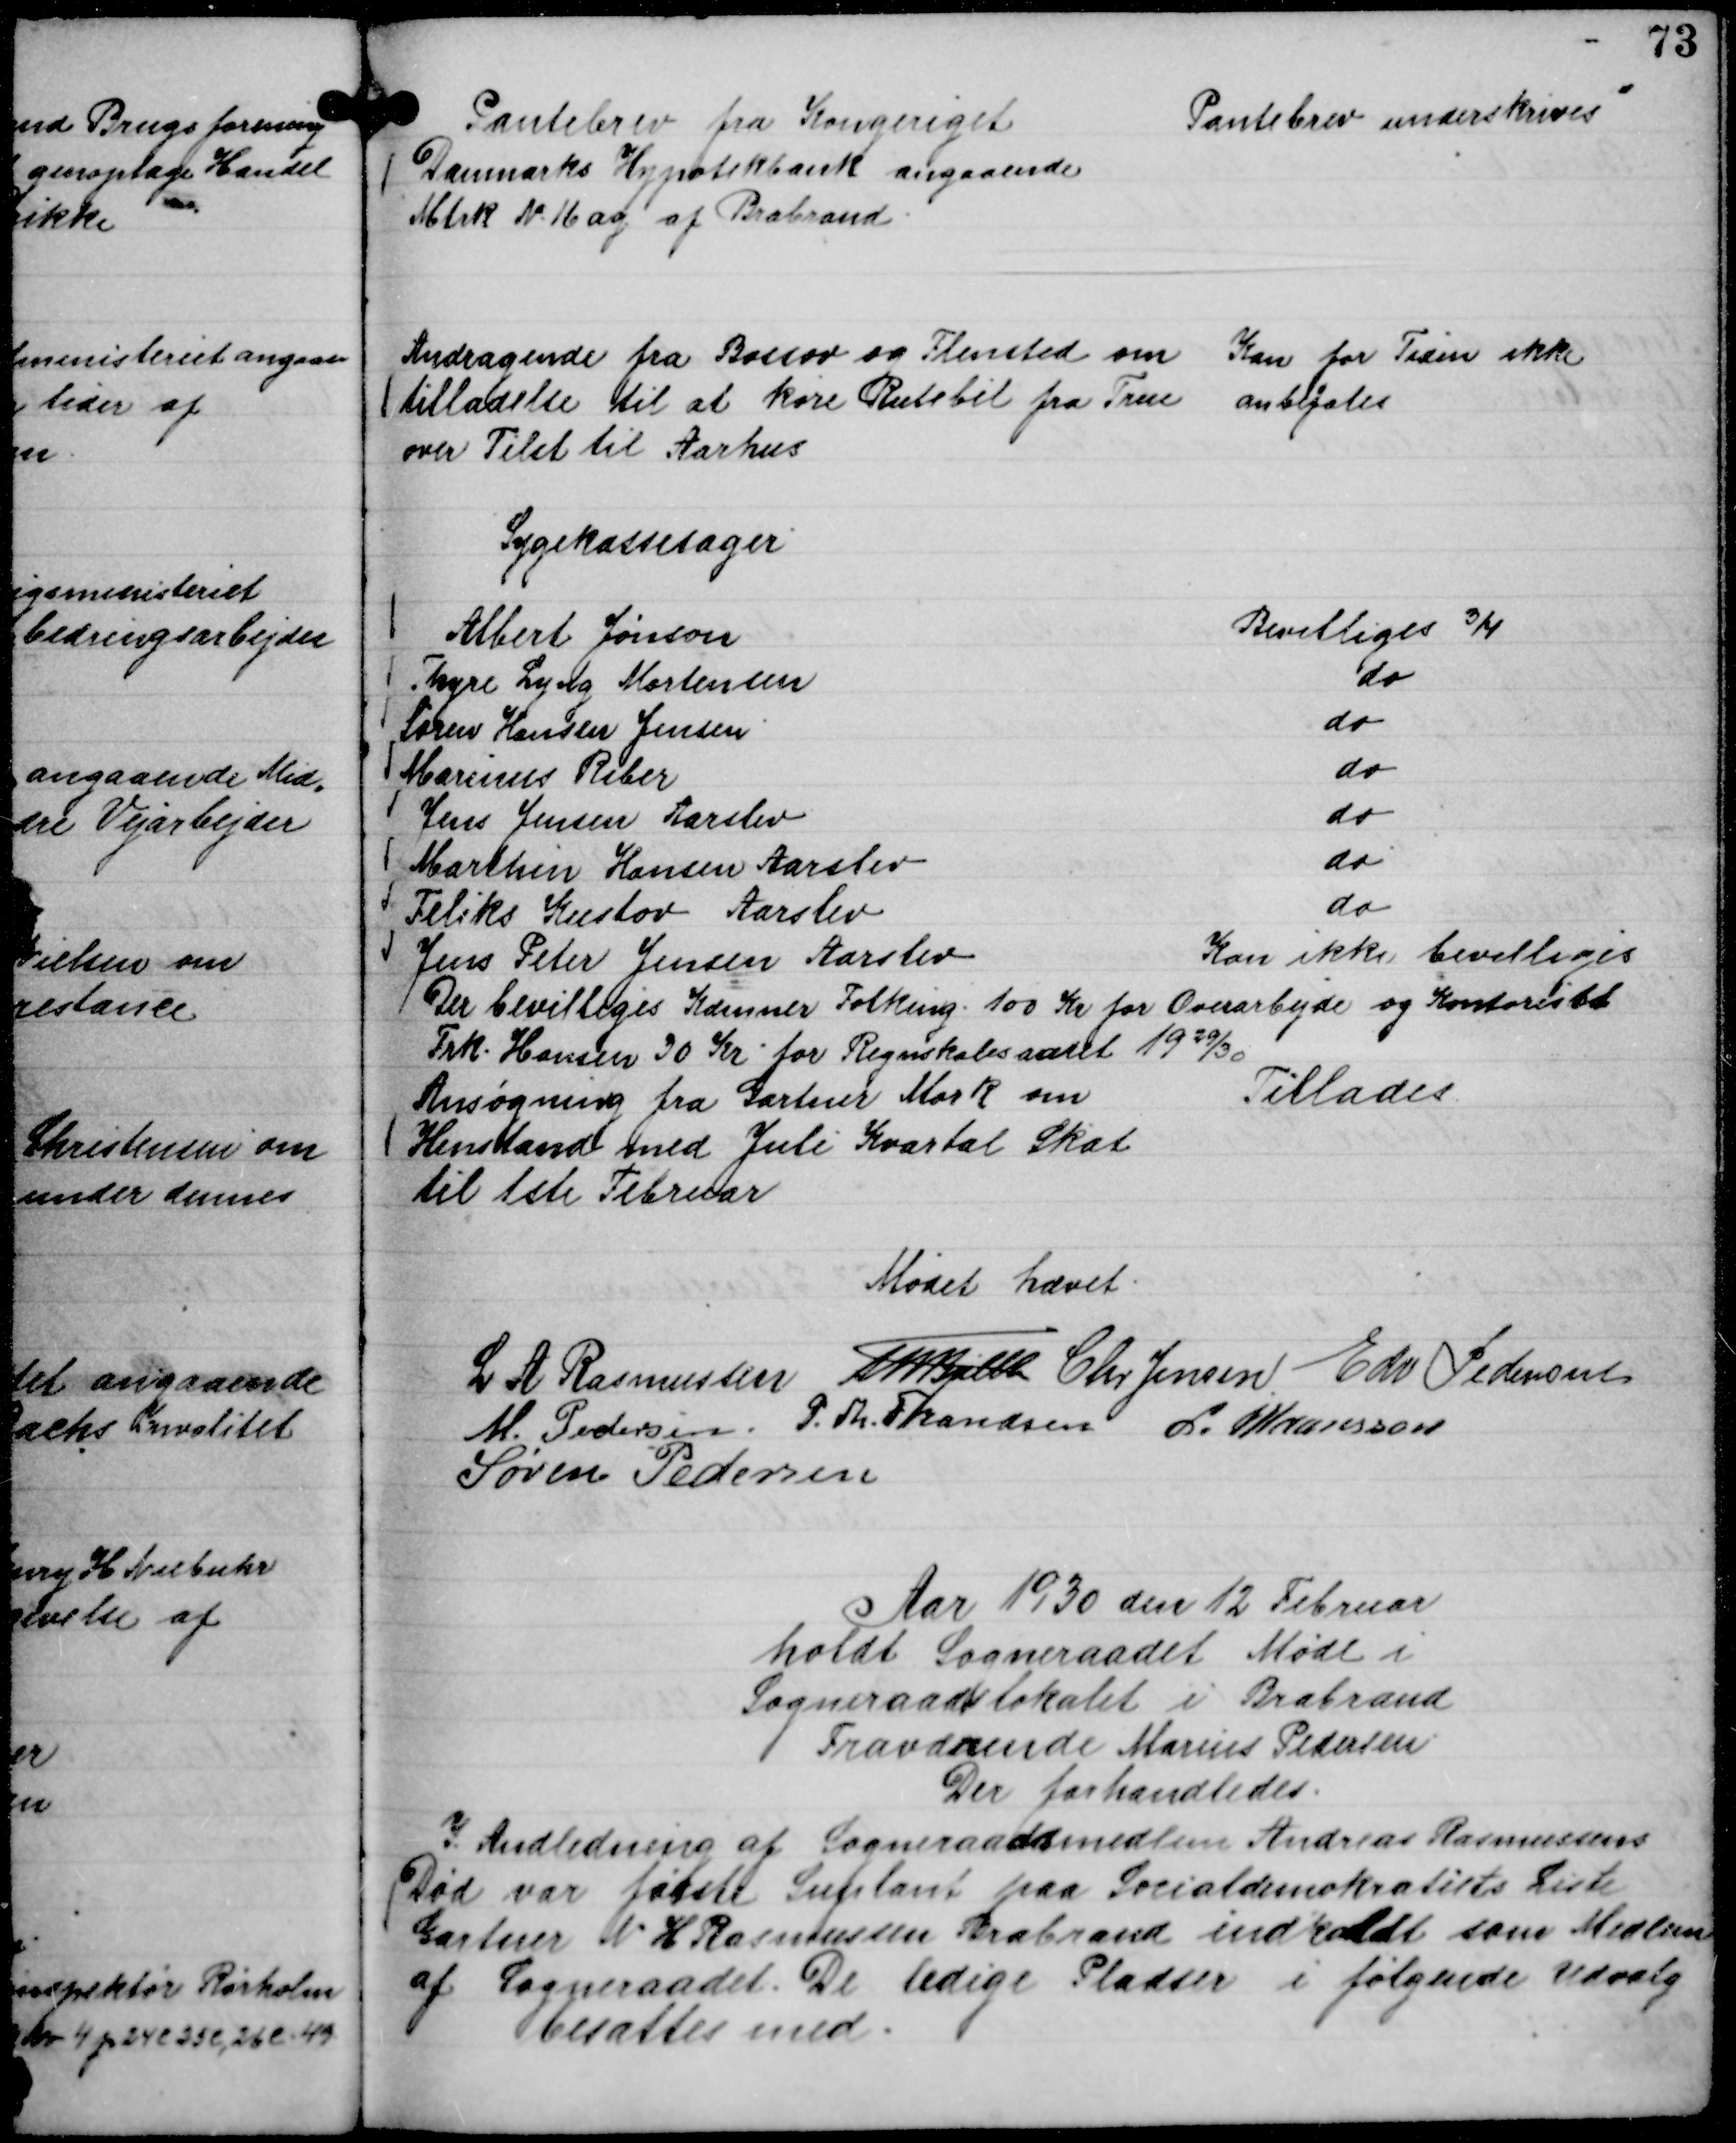
Transskription:
Pantebrev fra Kongeriget
Danmarks Hypotekbank angaaende
Mtrk N. 16 ag af Brabrand.

Pantebrev underskrives

Andragende fra Bossov og Flensted om
tilladelse til at køre Rutebil fra True
over Tilst til Aarhus

Kan for Tiden ikke
anbefales

Sygekassesager
Albert Jønson
Bevilliges ¾
Thyre Lyng Mortensen
do
Søren Hansen Jensen
do
Marinus Riber
do
Jens Jensen Aarslev
do
Marthin Hansen Aarslev
do
Feliks Kustov Aarslev
do
Jens Peter Jensen Aarslev
Kan ikke bevilliges
Der bevilliges Kæmner Folking 100 Kr for Overarbejde og Kontorist
Frk. Hansen 30 Kr. for Regnskabsaaret 1929/30.
Ansøgning fra Gartner Mørk om
Henstand med Juli Kvartal Skat
til 1ste Februar
Tillades

Mødet hævet.
L A Rasmussen
Th Bjelke
Chr Jensen
Edv Pedersen
M. Pedersen
P. Th. Frandsen
L. Maansson
Søren Pedersen

Aar 1930 den 12 Februar
holdt Sogneraadet Møde i
Sogneraadslokalet i Brabrand
Fraværende Marius Pedersen
Der forhandledes.

I Anledning af Sogneraadsmedlem Andreas Rasmussens
Død var første Suplant paa Socialdemokratiets Liste
Gartner N H Rasmussen Brabrand indkaldt som Medlem
af Sogneraadet. De ledige Pladser i følgende Udvalg
besættes med.